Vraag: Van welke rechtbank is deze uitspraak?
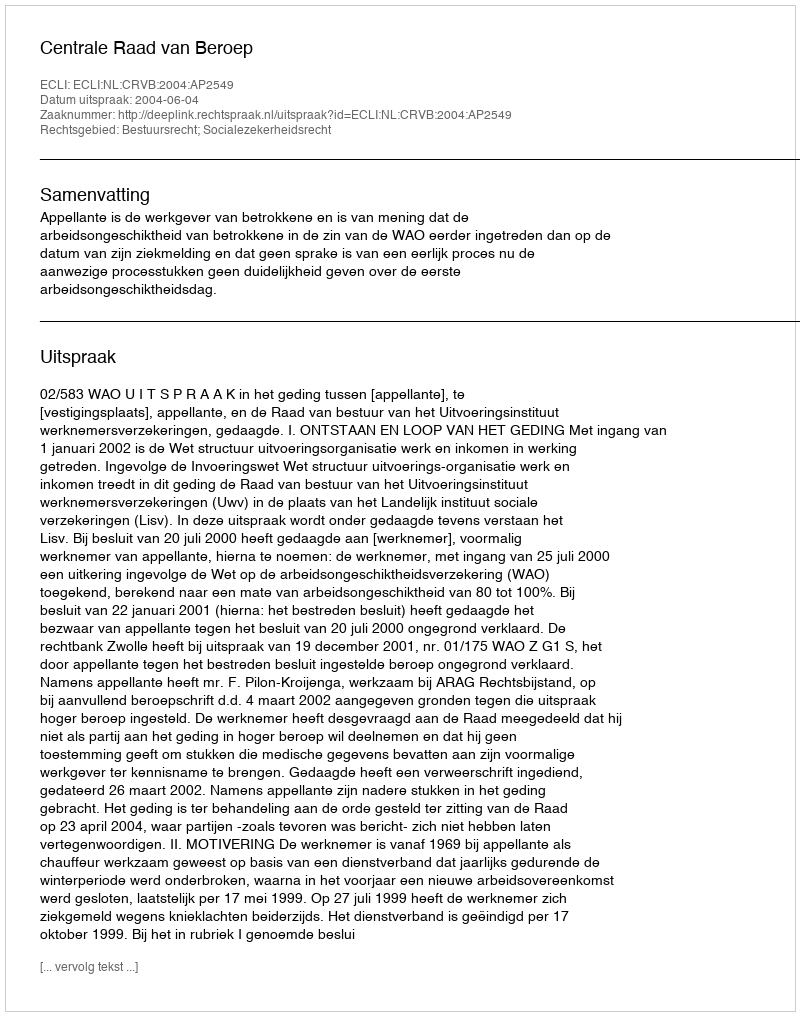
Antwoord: Centrale Raad van Beroep